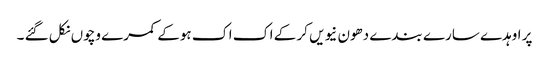
پر اوہدے سارے بندے دھون نیویں کر کے اک اک ہوکے کمرے وچوں نکل گئے ۔